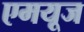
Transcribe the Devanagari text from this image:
एमयूज